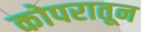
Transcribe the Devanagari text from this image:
कोपरातून